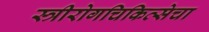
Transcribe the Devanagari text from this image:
स्त्रीरोगचिकित्सेचा